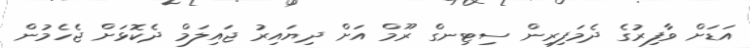
އަޑަށް ވާފިރުގެ ދެމަފިރިން ސިޓިނގް ރޫމް އަށް ދިޔައިރު ޖައިލަމް ދެކޮޅަށް ޖެހެމުން